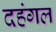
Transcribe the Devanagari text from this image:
दहंगल